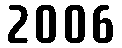
2006